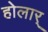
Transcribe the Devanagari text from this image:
होलार्